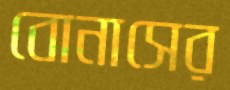
বোনাসের